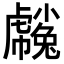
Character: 𧈒